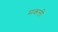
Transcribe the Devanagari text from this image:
मकली